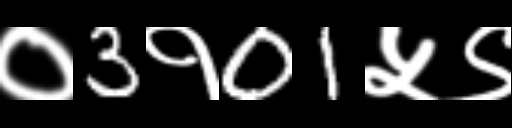
Text: ०3१01५९